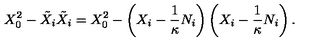
X _ { 0 } ^ { 2 } - \tilde { X } _ { i } \tilde { X } _ { i } = X _ { 0 } ^ { 2 } - \left( X _ { i } - \frac 1 \kappa N _ { i } \right) \left( X _ { i } - \frac 1 \kappa N _ { i } \right) .